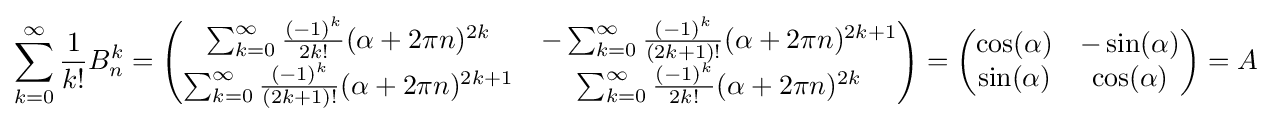
\sum _{k=0}^{\infty }{1 \over k!}B_{n}^{k}={\begin{pmatrix}\sum _{k=0}^{\infty }{(-1)^{k} \over 2k!}(\alpha +2\pi n)^{2k}&-\sum _{k=0}^{\infty }{(-1)^{k} \over (2k+1)!}(\alpha +2\pi n)^{2k+1}\\\sum _{k=0}^{\infty }{(-1)^{k} \over (2k+1)!}(\alpha +2\pi n)^{2k+1}&\sum _{k=0}^{\infty }{(-1)^{k} \over 2k!}(\alpha +2\pi n)^{2k}\\\end{pmatrix}}={\begin{pmatrix}\cos(\alpha )&-\sin(\alpha )\\\sin(\alpha )&\cos(\alpha )\\\end{pmatrix}}=A~